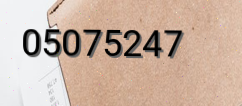
05075247